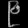
Digit: ၉